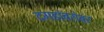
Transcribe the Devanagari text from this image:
दगडांबरोबर